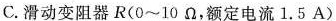
C.滑动变阻器R(0~10Ω，额定电流1.5A)